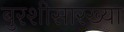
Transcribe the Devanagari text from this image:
बुरशीसारख्या